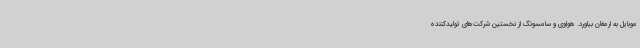
موبایل به ارمغان بیاورد. هواوی و سامسونگ از نخستین شرکت‌های تولیدکننده